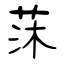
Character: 莯